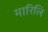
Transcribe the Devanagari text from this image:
मारिलि